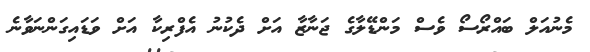
މެނުއަލް ބައްރޯސޯ ވެސް މަންޑޭލާގެ ޖަނާޒާ އަށް ދެކުނު އެފްރިކާ އަށް ވަޑައިގަންނަވާނެ